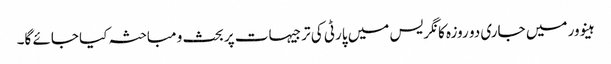
ہینوور میں جاری دو روزہ کانگریس میں پارٹی کی ترجیہات پر بحث و مباحثہ کیا جائے گا۔